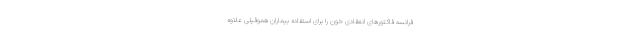
فرانسه فاکتورهای انعقادی خون را برای استفاده بیماران هموفیلی علاوه